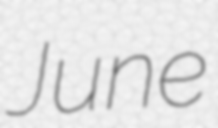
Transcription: June